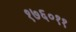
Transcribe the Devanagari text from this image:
१७६०११